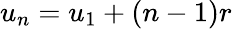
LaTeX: u_{n}=u_{1}+(n-1)r